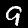
Digit: 9